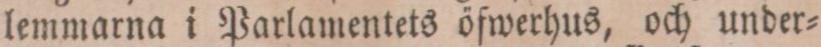
lemmarna i Parlamentets öfwerhus, och under=